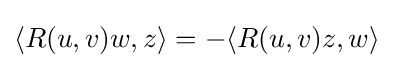
\langle R(u,v)w,z\rangle =-\langle R(u,v)z,w\rangle